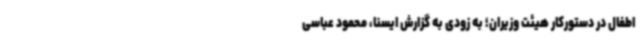
اطفال در دستورکار هیئت وزیران؛ به زودی به گزارش ایسنا، محمود عباسی